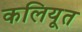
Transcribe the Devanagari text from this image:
कलियूत